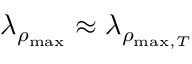
\lambda _ { \rho _ { \mathrm { m a x } } } \approx \lambda _ { \rho _ { \mathrm { m a x } , T } }